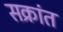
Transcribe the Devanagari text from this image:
सक्रांत